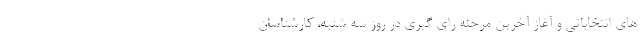
های انتخاباتی و آغاز آخرین مرحله رای گیری در روز سه شنبه، کارشناسان